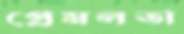
প্রেমলতা